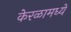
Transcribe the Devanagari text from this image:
केरळामध्ये